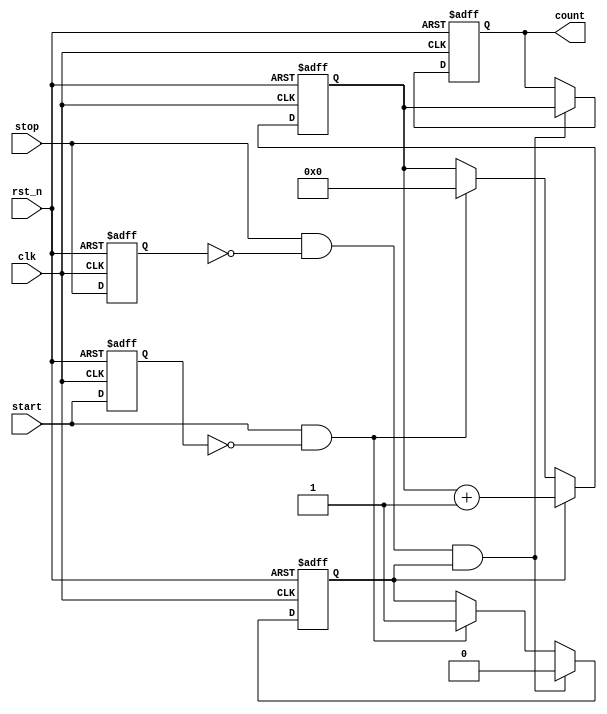
module TDC (
    input wire clk,            // High-speed clock
    input wire rst_n,         // Active low reset
    input wire start,         // Start signal
    input wire stop,          // Stop signal
    output reg [31:0] count   // Output count value (32-bit)
);

    reg [31:0] counter;       // Counter to count clock cycles
    reg counting;             // State to indicate counting is active

    // Edge detection for start and stop signals
    reg start_d;             // Delayed start signal
    reg stop_d;              // Delayed stop signal

    // Edge detection logic
    always @(posedge clk or negedge rst_n) begin
        if (!rst_n) begin
            start_d <= 1'b0;
            stop_d <= 1'b0;
        end else begin
            start_d <= start;
            stop_d <= stop;
        end
    end

    // Counter logic
    always @(posedge clk or negedge rst_n) begin
        if (!rst_n) begin
            counter <= 32'b0;  // Reset counter
            counting <= 1'b0;   // Reset counting state
            count <= 32'b0;     // Reset output count
        end else begin
            if (start && !start_d) begin
                counting <= 1'b1; // Start counting on rising edge of start
                counter <= 32'b0;  // Reset counter
            end
            
            if (counting) begin
                counter <= counter + 1; // Increment counter
            end
            
            if (stop && !stop_d && counting) begin
                counting <= 1'b0; // Stop counting on rising edge of stop
                count <= counter;  // Latch the counter value to output
            end
        end
    end

endmodule